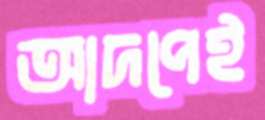
আদপেই